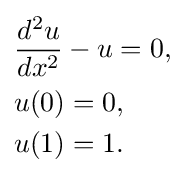
{\begin{aligned}&{}{\frac {d^{2}u}{dx^{2}}}-u=0,\\&{}u(0)=0,\\&{}u(1)=1.\end{aligned}}